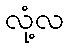
လုံ့လ